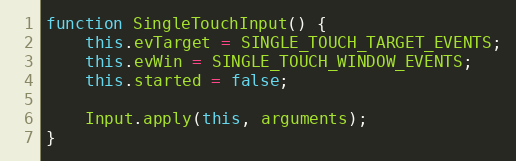
Language: JavaScript
function SingleTouchInput() {
    this.evTarget = SINGLE_TOUCH_TARGET_EVENTS;
    this.evWin = SINGLE_TOUCH_WINDOW_EVENTS;
    this.started = false;

    Input.apply(this, arguments);
}